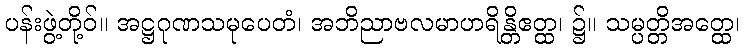
ပန်းဖွဲ့တို့ဝ်။ အဋ္ဌဂုဏသမုပေတံ၊ အဘိညာဗလမာဟရိန္တိဧတ္ထ၊ ၌။ သမ္ပတ္တိအတ္ထေ၊